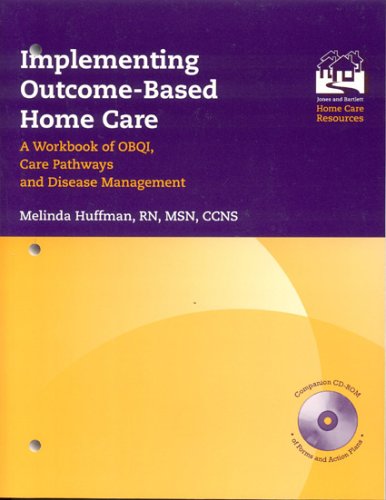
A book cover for Implementing Outcome-Based Home Care: A Workbook Of OBQI, Care Pathways And Disease Management; Melinda Huffman; Medical Books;